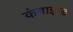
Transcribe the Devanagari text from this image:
कंबाइन्ड